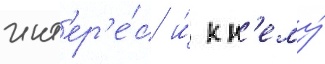
инт'ер'е́с и́ к н'ему́